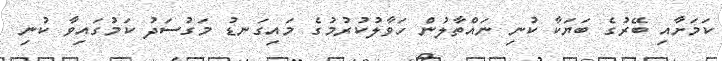
ކަމަށާއި ބޭރުގެ ބަޔަކާ ކުނި ނައްތާލުން ހަވާލުކުރުމުގެ މައިގަނޑު މަގުސަދު ކަމުގައިވާ ކުނި